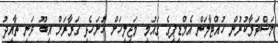
މަޝްވަރާކުރުން ހުއްޓާލަން އެމްޑީޕީގެ ގައުމީ މަޖިލީހަށް ހުށަހެޅި ގަރާރަށް އިބޫ ވަނީ ތާއީދު